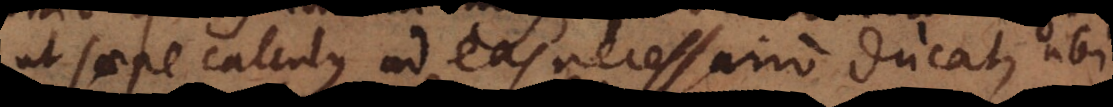
ut saepe calculus ad eas necessario ducat, ubi